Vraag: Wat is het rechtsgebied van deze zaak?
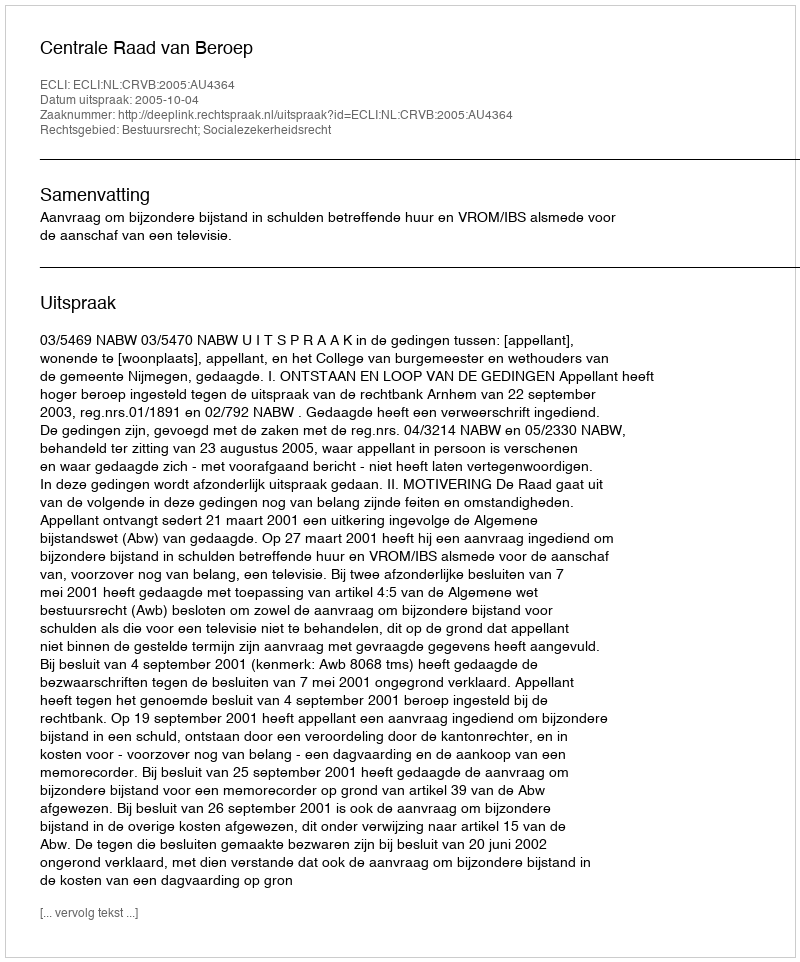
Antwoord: Bestuursrecht; Socialezekerheidsrecht